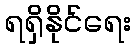
ရရှိနိုင်ရေး